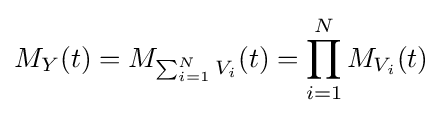
M_{Y}(t)=M_{\sum _{i=1}^{N}V_{i}}(t)=\prod _{i=1}^{N}M_{V_{i}}(t)